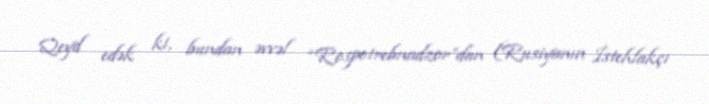
Qeyd edək ki, bundan əvvəl “Rospotrebnadzor”dan (Rusiyanın İstehlakçı